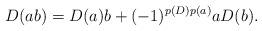
LaTeX: \begin{align*}D(ab)=D(a)b+(-1)^{p(D)p(a)}aD(b).\end{align*}